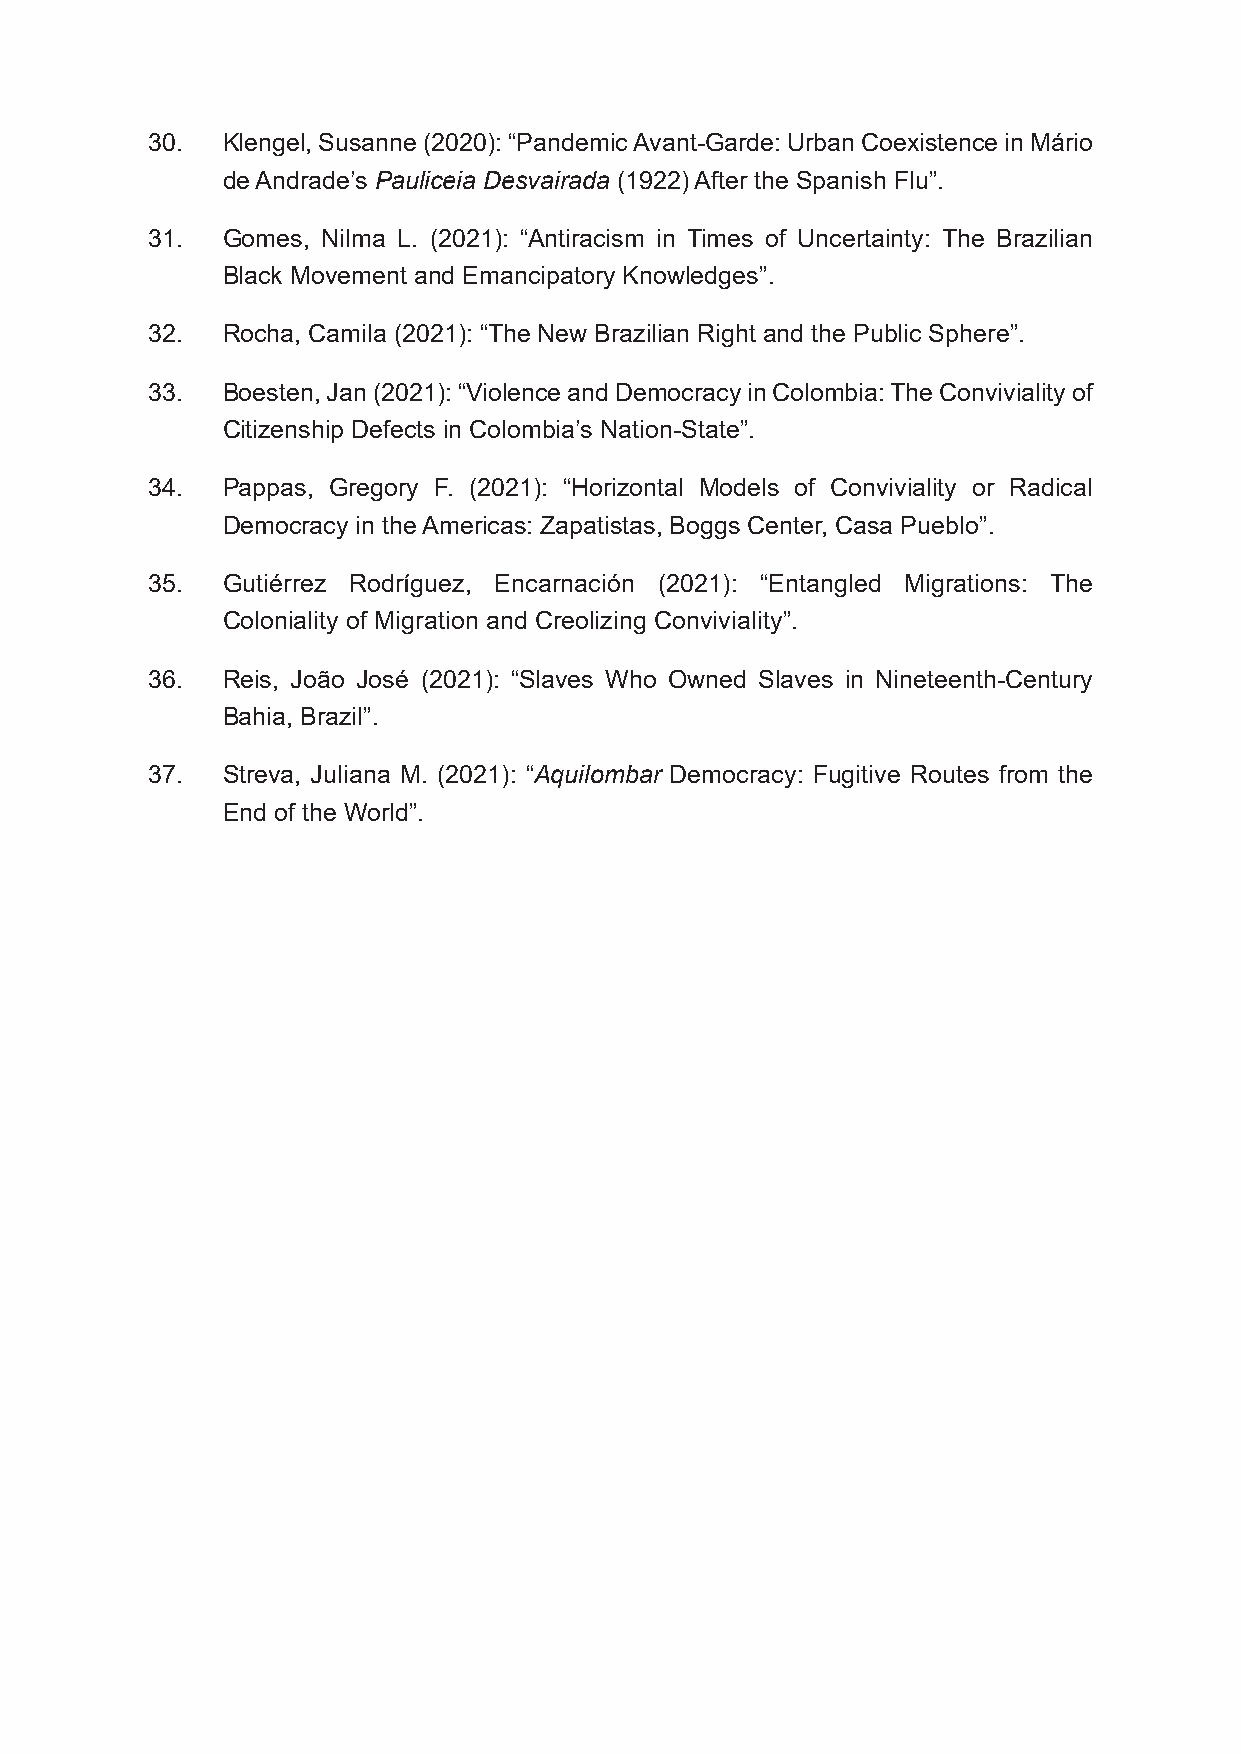
30.  Klengel, Susanne (2020): “Pandemic Avant-Garde: Urban Coexistence in Mário
 de Andrade’s Pauliceia Desvairada (1922) After the Spanish Flu”.
 31.  Gomes, Nilma L. (2021): “Antiracism in Times of Uncertainty: The Brazilian
 Black Movement and Emancipatory Knowledges”.
 32.  Rocha, Camila (2021): “The New Brazilian Right and the Public Sphere”.
 33.  Boesten, Jan (2021): “Violence and Democracy in Colombia: The Conviviality of
 Citizenship Defects in Colombia’s Nation-State”.
 34.  Pappas, Gregory F. (2021): “Horizontal Models of Conviviality or Radical
 Democracy in the Americas: Zapatistas, Boggs Center, Casa Pueblo”.
 35.  Gutiérrez Rodríguez, Encarnación (2021): “Entangled Migrations: The
 Coloniality of Migration and Creolizing Conviviality”.
 36.  Reis, João José (2021): “Slaves Who Owned Slaves in Nineteenth-Century
 Bahia, Brazil”.
 37.  Streva, Juliana M. (2021): “Aquilombar Democracy: Fugitive Routes from the
 End of the World”.